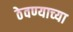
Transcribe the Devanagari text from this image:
ठेवण्‍याच्‍या